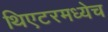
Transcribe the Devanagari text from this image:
थिएटरमध्येच